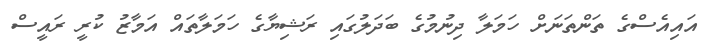
އައިއެސްގެ ތަންތަނަށް ހަމަލާ ދިނުމުގެ ބަދަލުގައި ރަޝިޔާގެ ހަމަލާތައް އަމާޒު ކުރީ ރައީސް